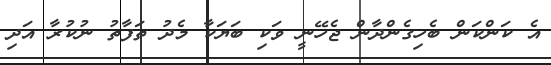
އެ ކަންކަން ބެހިގެންދާން ޖެހޭނީ ވަކި ބަޔަކާ މެދު ތަފާތު ނުކުރާ އަދި